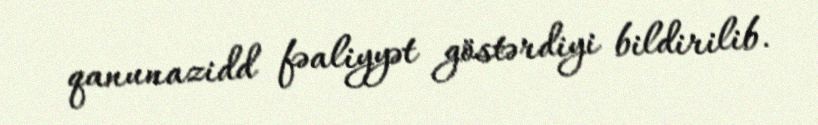
qanunazidd fəaliyyət göstərdiyi bildirilib.